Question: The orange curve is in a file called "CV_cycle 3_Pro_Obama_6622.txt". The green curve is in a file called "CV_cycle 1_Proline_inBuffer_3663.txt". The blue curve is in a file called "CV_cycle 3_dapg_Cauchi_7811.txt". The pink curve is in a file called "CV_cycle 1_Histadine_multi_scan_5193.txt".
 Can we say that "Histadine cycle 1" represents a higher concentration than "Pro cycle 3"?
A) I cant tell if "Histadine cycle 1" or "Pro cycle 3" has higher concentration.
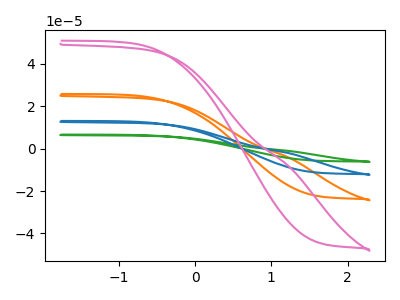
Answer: <think>The orange curve "Pro cycle 3" has no peaks. The green curve "Proline cycle 1" has no peaks. The blue curve "dapg cycle 3" has no peaks. The pink curve "Histadine cycle 1" has no peaks.
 Neither "Histadine cycle 1" or "Pro cycle 3" have any peaks.</think>
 <answer>A) I cant tell if "Histadine cycle 1" or "Pro cycle 3" has higher concentration.</answer>
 <eval>A</eval>